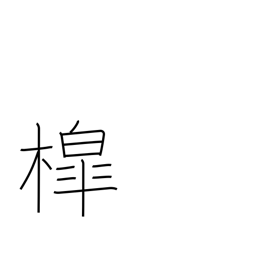
Meaning: well sweep